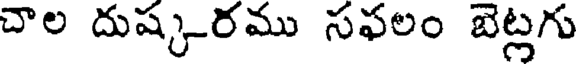
చాల దుష్కరము సఫలం బెట్లగు